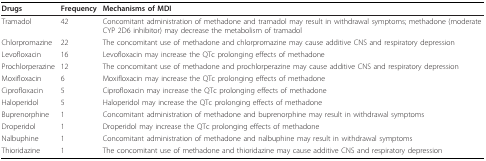
<table><thead><tr><td><b>Drugs</b></td><td><b>Frequency</b></td><td><b>Mechanisms of MDI</b></td></tr></thead><tbody><tr><td>Tramadol</td><td>42</td><td>Concomitant administration of methadone and tramadol may result in withdrawal symptoms; methadone (moderate CYP 2D6 inhibitor) may decrease the metabolism of tramadol</td></tr><tr><td>Chlorpromazine</td><td>22</td><td>The concomitant use of methadone and chlorpromazine may cause additive CNS and respiratory depression</td></tr><tr><td>Levofloxacin</td><td>16</td><td>Levofloxacin may increase the QTc prolonging effects of methadone</td></tr><tr><td>Prochlorperazine</td><td>12</td><td>The concomitant use of methadone and prochlorperazine may cause additive CNS and respiratory depression</td></tr><tr><td>Moxifloxacin</td><td>6</td><td>Moxifloxacin may increase the QTc prolonging effects of methadone</td></tr><tr><td>Ciprofloxacin</td><td>5</td><td>Ciprofloxacin may increase the QTc prolonging effects of methadone</td></tr><tr><td>Haloperidol</td><td>5</td><td>Haloperidol may increase the QTc prolonging effects of methadone</td></tr><tr><td>Buprenorphine</td><td>1</td><td>Concomitant administration of methadone and buprenorphine may result in withdrawal symptoms</td></tr><tr><td>Droperidol</td><td>1</td><td>Droperidol may increase the QTc prolonging effects of methadone</td></tr><tr><td>Nalbuphine</td><td>1</td><td>Concomitant administration of methadone and nalbuphine may result in withdrawal symptoms</td></tr><tr><td>Thioridazine</td><td>1</td><td>The concomitant use of methadone and thioridazine may cause additive CNS and respiratory depression</td></tr></tbody></table>